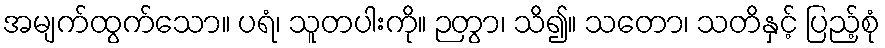
အမျက်ထွက်သော။ ပရံ၊ သူတပါးကို။ ဉတွာ၊ သိ၍။ သတော၊ သတိနှင့် ပြည့်စုံ